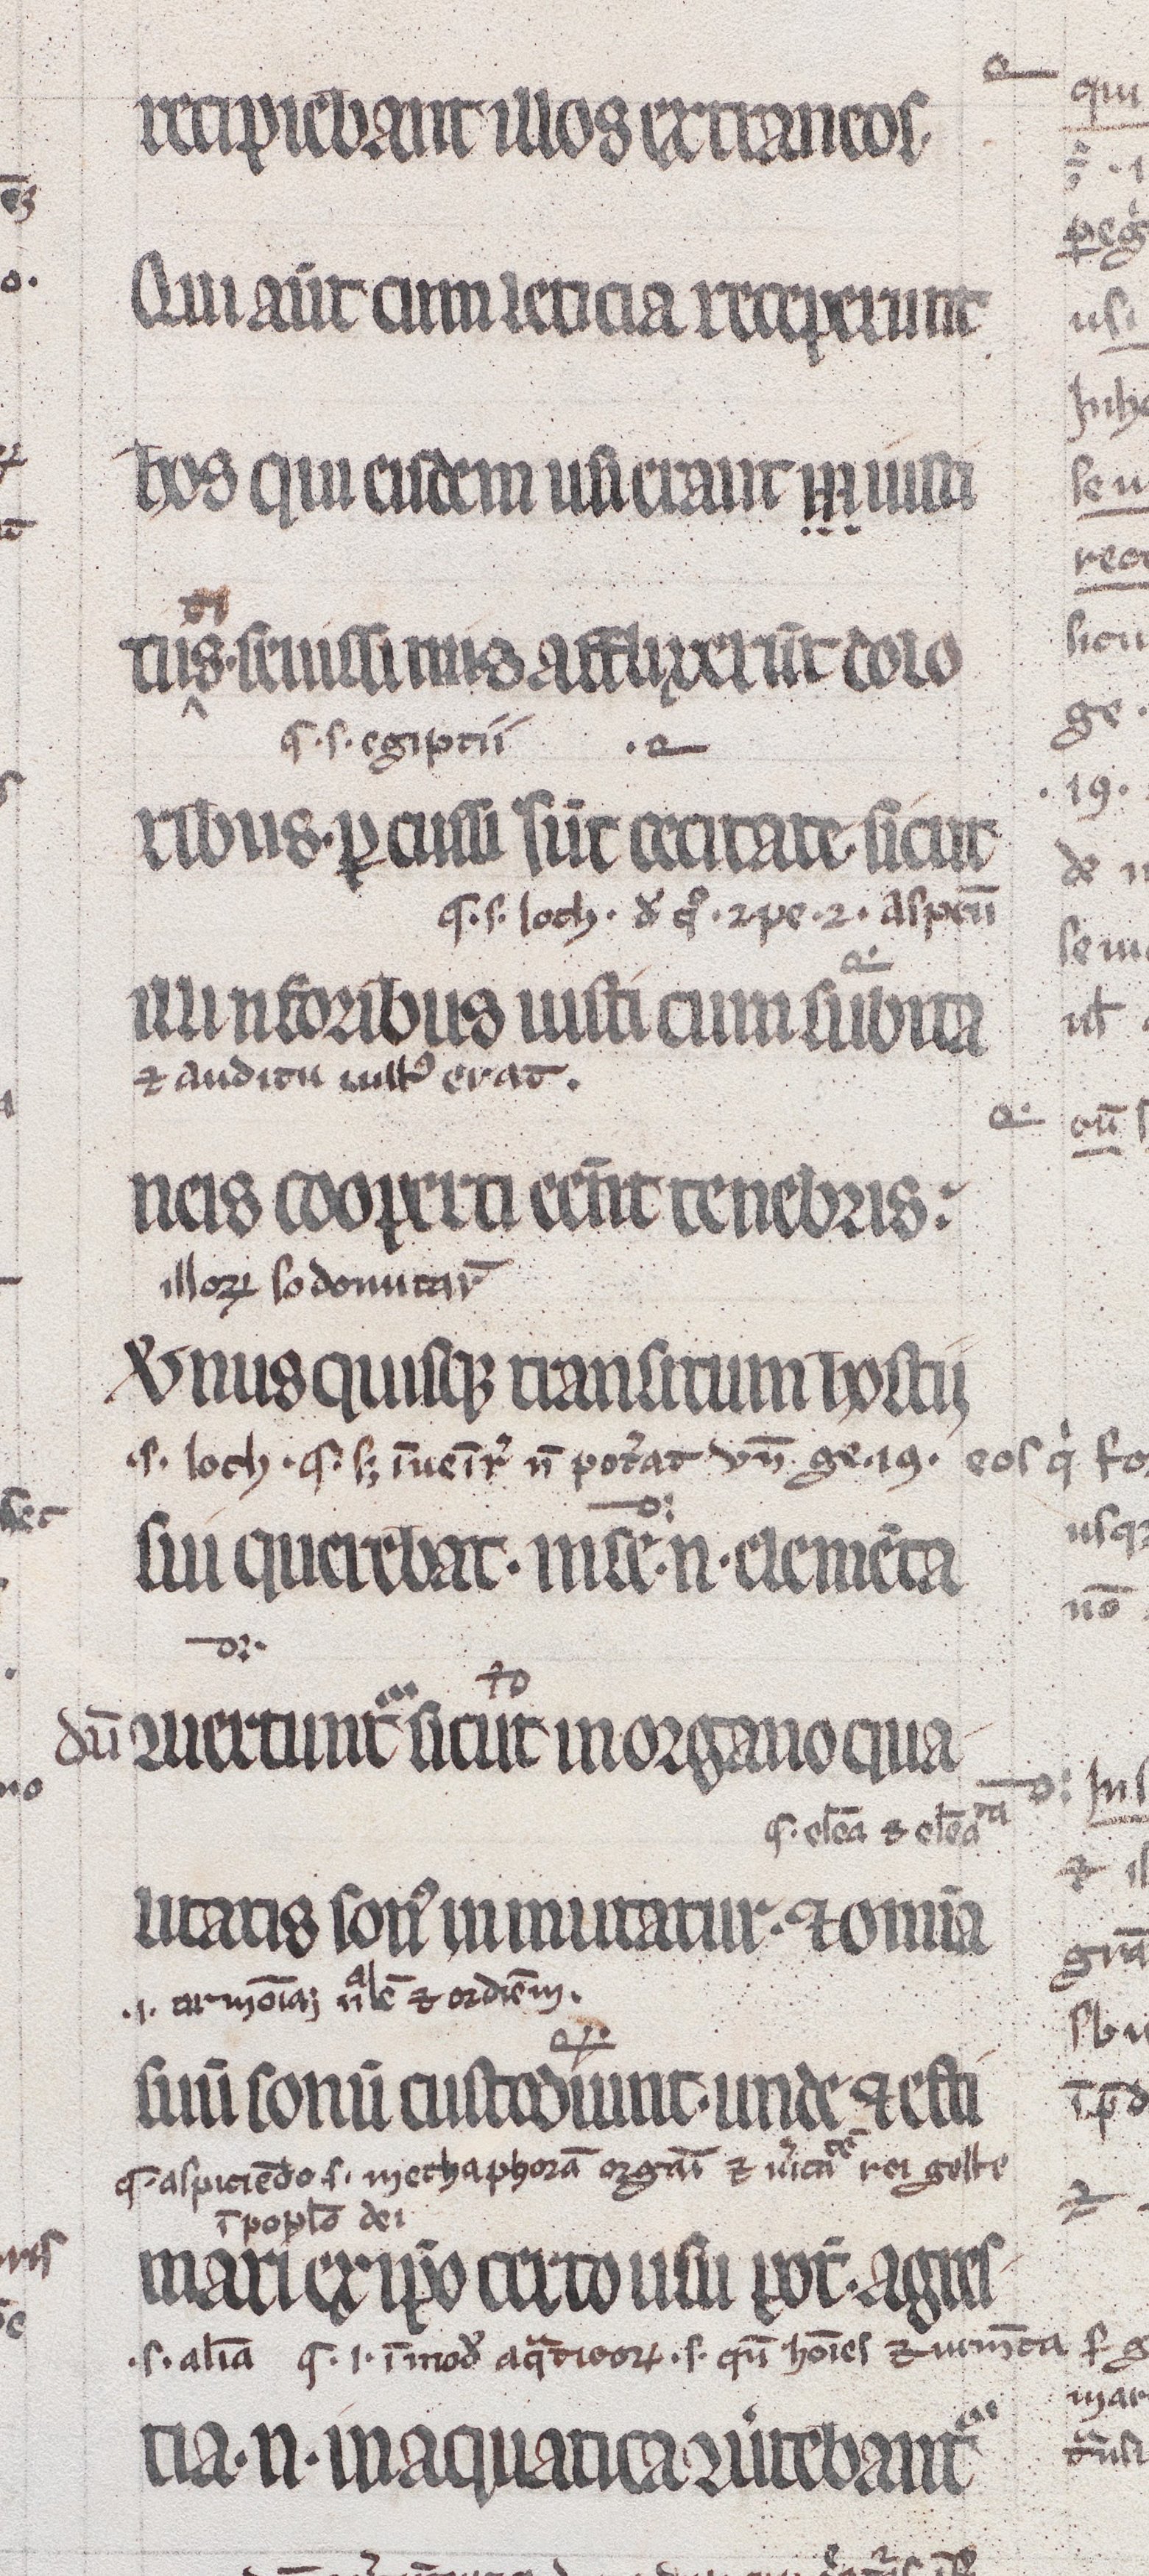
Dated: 1200–1299